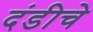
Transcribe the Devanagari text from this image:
दंडीचे